Vaccination in Burma 1920-1933 - 1920-1933
Year: 1920
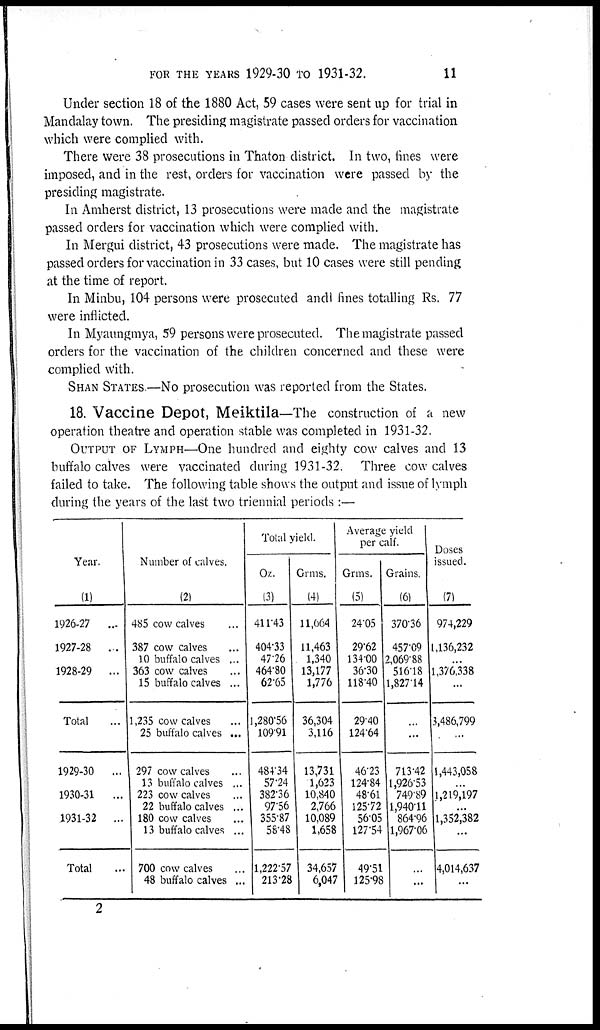
FOR THE YEARS 1929-30 TO 1931-32.
11
Under section 18 of the 1880 Act, 59 cases were sent up for trial in
Mandalay town. The presiding magistrate passed orders for vaccination
which were complied with.
There were 38 prosecutions in Thaton district. In two, fines were
imposed, and in the rest, orders for vaccination were passed by the
presiding magistrate.
In Amherst district, 13 prosecutions were made and the magistrate
passed orders for vaccination which were complied with.
In Mergui district, 43 prosecutions were made. The magistrate has
passed orders for vaccination in 33 cases, but 10 cases were still pending
at the time of report.
In Minbu, 104 persons were prosecuted and fines totalling Rs. 77
were inflicted.
In Myaungmya, 59 persons were prosecuted. The magistrate passed
orders for the vaccination of the children concerned and these were
complied with.
SHAN STATES.—No prosecution was reported from the States.
18. Vaccine Depot, Meiktila—The construction of a new
operation theatre and operation stable was completed in 1931-32.
OUTPUT OF LYMPH—One hundred and eighty cow calves and 13
buffalo calves were vaccinated during 1931-32. Three cow calves
failed to take. The following table shows the output and issue of lymph
during the years of the last two triennial periods :—
Year.
(1)
1926-27
...
1927-28
..
1928-29
...
Total
1929-30
...
1930-31
...
1931-32
...
Total ...
Number of calves.
(2)
485 cow calves ...
387 cow calves ...
10 buffalo calves ...
363 cow calves ...
15 buffalo calves ...
1,235 cow calves ...
25 buffalo calves ...
297 cow calves ...
13 buffalo calves ...
223 cow calves ...
22 buffalo calves ...
180 cow calves ...
13 buffalo calves ...
700 cow calves ...
48 buffalo calves...
Total yield.
Oz.
(3)
411.43
404.33
47.26
464.80
62.65
1,280.56
109.91
484.34
57.24
382.36
97.56
355.87
58.48
1,222.57
213.28
Grms.
(4)
11,664
11,463
1,340
13,177
1,776
36,304
3,116
13,731
1,623
10,840
2,766
10,089
1,658
34,657
6,047
Average yield
per calf.
Grms.
(5)
24.05
29.62
134.00
36.30
118.40
29.40
124.64
46.23
124.84
48.61
125.72
56.05
127.54
49.51
125.98
Grains.
(6)
370.36
457.09
2,069.88
516.18
1,827.14
...
...
713.42
1,926.53
749.89
1,940.11
864.96
1,967.06
...
...
Doses
issued.
(7)
974,229
1,136,232
...
1,376,338
...
3,486,799
...
1,443,058
...
1,219,197
...
1,352,382
...
4,014,637
...
2